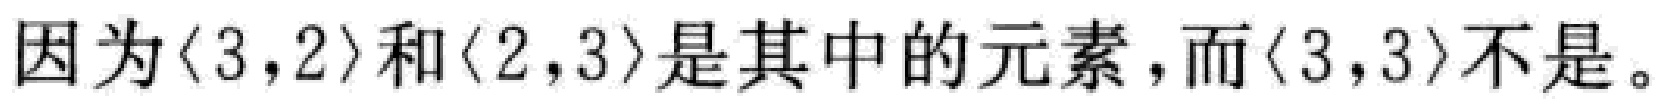
因为$\langle 3,2\rangle$和$\langle 2,3\rangle$是其中的元素，而$\langle 3,3\rangle$不是。